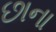
છાના